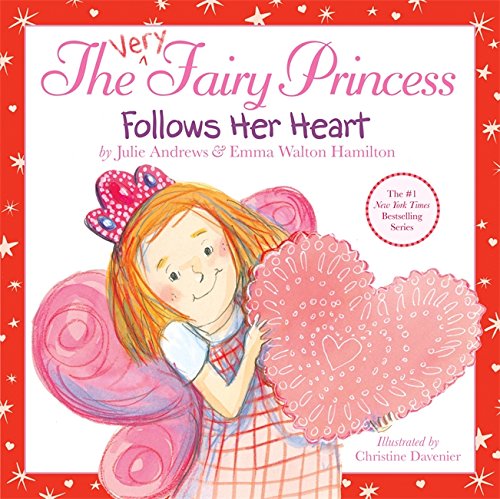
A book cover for The Very Fairy Princess Follows Her Heart; Julie Andrews; Children's Books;